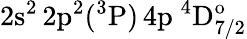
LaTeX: \mathrm{2s^{2}\, 2p^{2}(^{3}P)\, 4p~^{4}D_{7/2}^{o}}